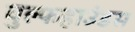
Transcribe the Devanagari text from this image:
वुल्फहाउंडस